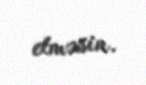
etməsin.